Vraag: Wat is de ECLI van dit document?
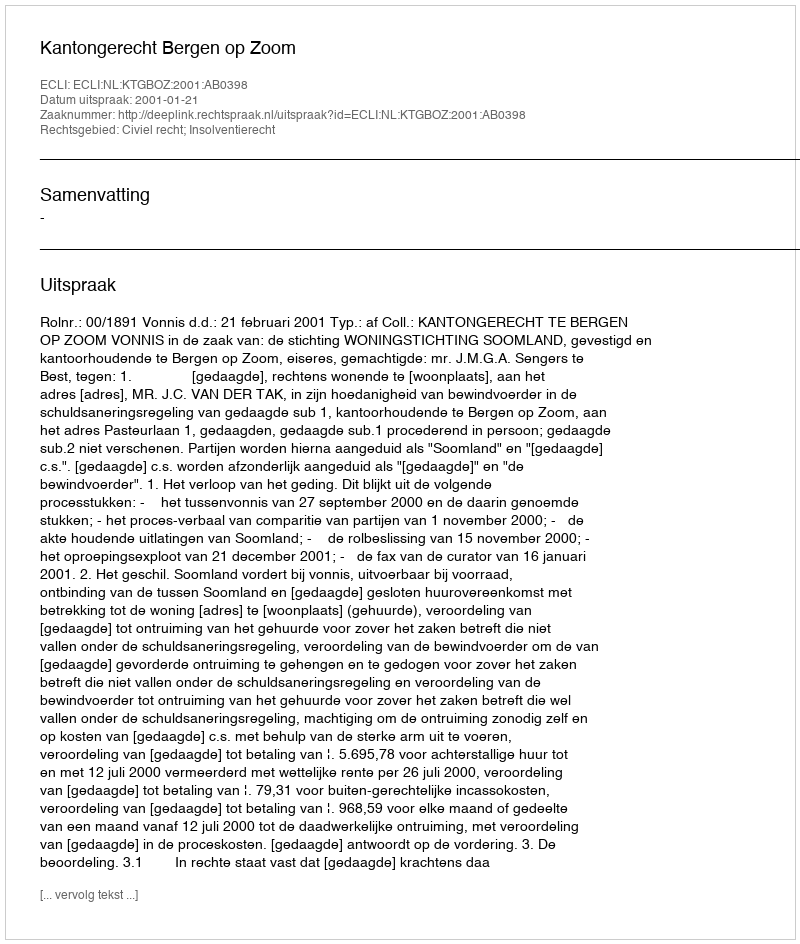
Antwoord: ECLI:NL:KTGBOZ:2001:AB0398